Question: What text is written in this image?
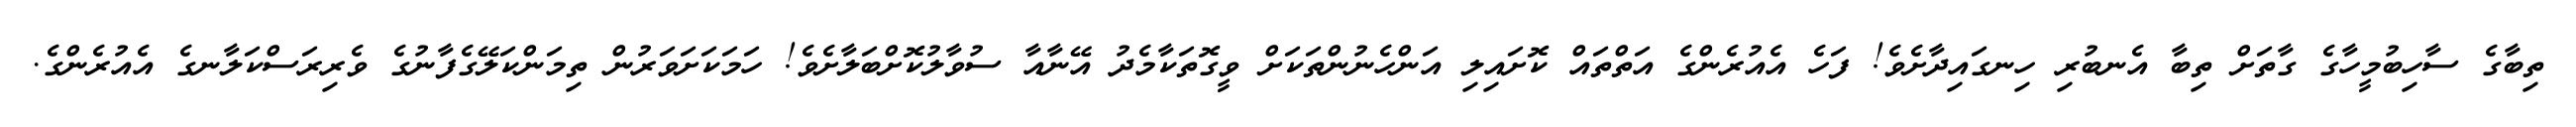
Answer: ތިބާގެ ސާހިބުމީހާގެ ގާތަށް ތިބާ އެނބުރި ހިނގައިދާށެވެ! ފަހެ އެއުރެންގެ އަތްތައް ކޮށައިލި އަންހެނުންތަކަށް ވީގޮތަކާމެދު އޭނާއާ ސުވާލުކޮށްބަލާށެވެ! ހަމަކަށަވަރުން ތިމަންކަލޭގެފާނުގެ ވެރިރަސްކަލާނގެ އެއުރެންގެ.